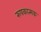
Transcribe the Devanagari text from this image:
रुपकात्मक